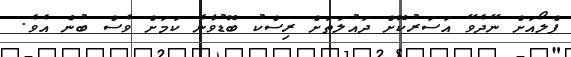
ފްލޯއަށް ނޭދެވޭ އަސަރުކޮށް ދައުލަތަށް ރިސްކު ބޮޑުވާނެ ކަމަށް ވެސް ބުނެ އެވެ.